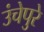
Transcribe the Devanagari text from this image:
उंचेपुरे